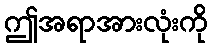
ဤအရာအားလုံးကို